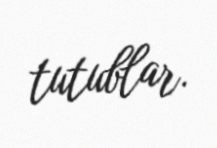
tutublar.